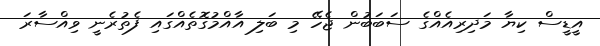
އީޑީސް ކިޔާ މަދިރިއެއްގެ ސަބަބުން ޖެހޭ މި ބަލި އާއްމުގޮތެއްގައި ފެތުރެނީ ވިއްސާރަ